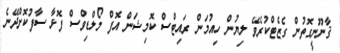
ޤާނޫނީގޮތުން ގެޒެޓްކުރެވޭ ލިޔުން ހިއުމަން ރައިޓްސް ކޮމިޝަން އޮފް މޯލްޑިވްސް ފޮޅާ ސާފުކޮށްދޭނެ